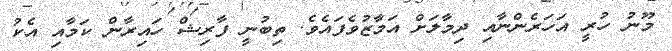
މޫނު ހުރީ އަހަރެންނާއި ދިމާލަށް އަމާޒުވެފައެވެ. ތިބުނީ ފާރިޝް ހައިރާން ކަމާއި އެކު